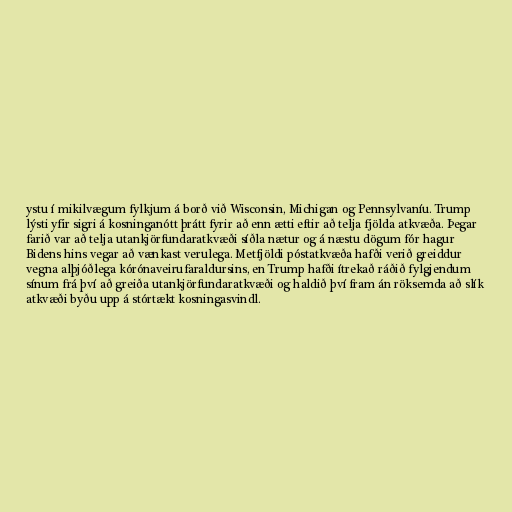
ystu í mikilvægum fylkjum á borð við Wisconsin, Michigan og Pennsylvaníu. Trump
lýsti yfir sigri á kosninganótt þrátt fyrir að enn ætti eftir að telja fjölda atkvæða. Þegar
farið var að telja utankjörfundaratkvæði síðla nætur og á næstu dögum fór hagur
Bidens hins vegar að vænkast verulega. Metfjöldi póstatkvæða hafði verið greiddur
vegna alþjóðlega kórónaveirufaraldursins, en Trump hafði ítrekað ráðið fylgjendum
sínum frá því að greiða utankjörfundaratkvæði og haldið því fram án röksemda að slík
atkvæði byðu upp á stórtækt kosningasvindl.